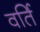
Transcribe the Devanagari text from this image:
वर्ति